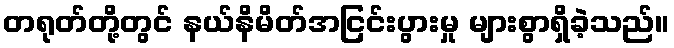
တရုတ်တို့တွင် နယ်နိမိတ်အငြင်းပွားမှု များစွာရှိခဲ့သည်။